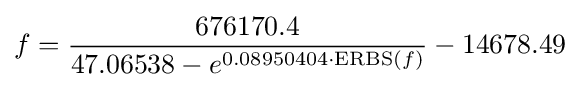
f={\frac {676170.4}{47.06538-e^{0.08950404\cdot \mathrm {ERBS} (f)}}}-14678.49